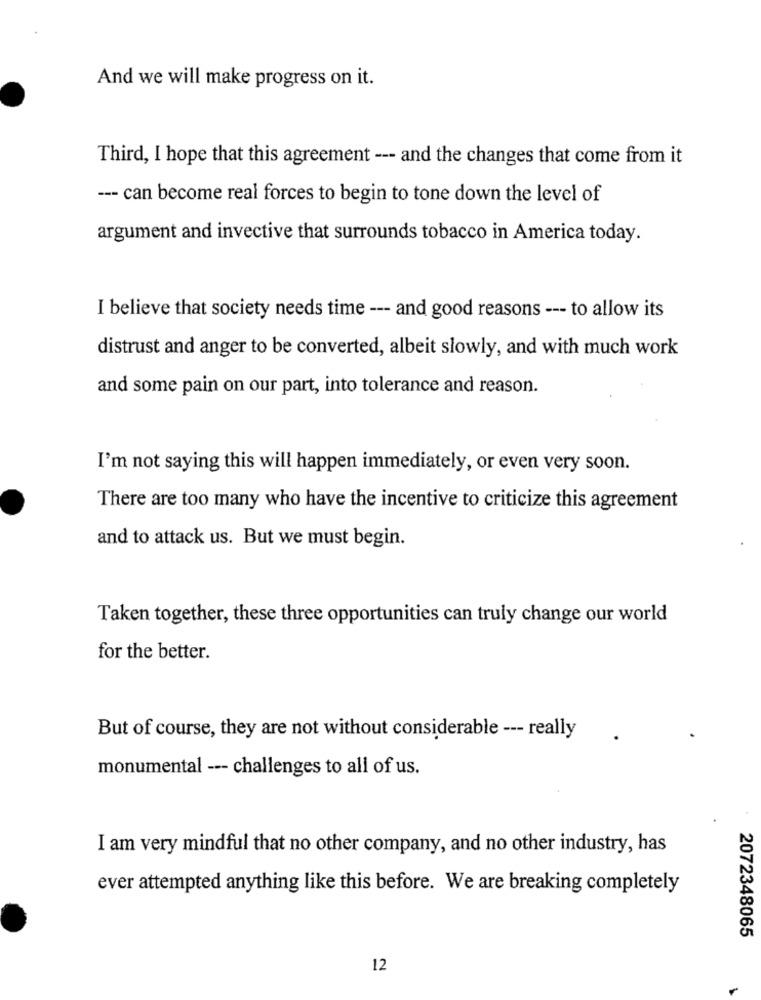
And we will make progress on it.
Third, I hope that this agreement --- and the changes that come from it
--- can become real forces to begin to tone down the level of
argument and invective that surrounds tobacco in America today.
I believe that society needs time --- and good reasons --- to allow its
distrust and anger to be converted, albeit slowly, and with much work
and some pain on our part, into tolerance and reason.
I'm not saying this will happen immediately, or even very soon.
There are too many who have the incentive to criticize this agreement
and to attack us. But we must begin.
Taken together, these three opportunities can truly change our world
for the better.
But of course, they are not without considerable --- really
monumental --- challenges to all of us.
I am very mindful that no other company, and no other industry, has
ever attempted anything like this before. We are breaking completely
2072348065
12